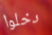
دخلوا